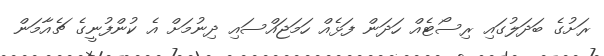
ރަށުގެ ބަދަލުގައި ރިސޯޓެއް ހަދަން ފަޅެއް ހަމަޖައްސައި ދިނުމަށް އެ ކުންފުނީގެ ޗެއާމަން